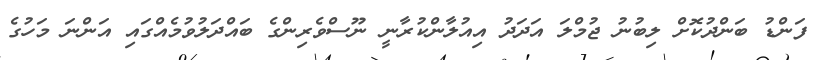
ފަންޑު ބަންދުކޮށް ލިބުނު ޖުމްލަ އަދަދު އިއުލާންކުރާނީ ނޫސްވެރިންގެ ބައްދަލުވުމެއްގައި އަންނަ މަހުގެ